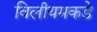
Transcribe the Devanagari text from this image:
विलीयमकडे